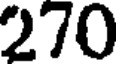
270